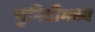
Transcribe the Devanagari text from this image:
युनिटीमध्ये